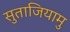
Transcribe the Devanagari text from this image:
सुताजियामु